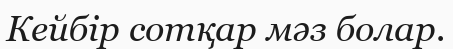
Кейбір сотқар мәз болар.